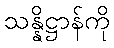
သန္နိဋ္ဌာန်ကို